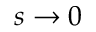
s \to 0